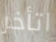
اتأخر